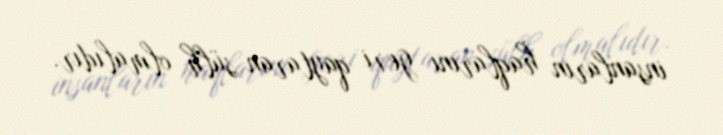
insanların haqlarını geri qaytaran sülh olmalıdır.